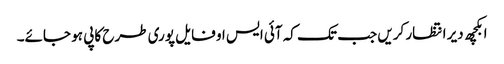
ابکچھ دیر انتظار کریں جب تک کہ آئی ایس او فایل پوری طرح کاپی ہو جائے۔